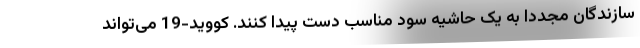
سازندگان مجددا به یک حاشیه سود مناسب دست پیدا کنند. کووید-19 می‌تواند